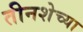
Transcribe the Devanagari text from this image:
तीनशेच्या